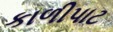
કાળીપાટ